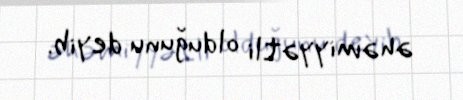
əhəmiyyətli olduğunu deyib.